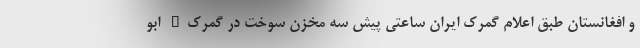
و افغانستان طبق اعلام گمرک ایران ساعتی پیش سه مخزن سوخت در گمرک" ابو